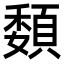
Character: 䫋